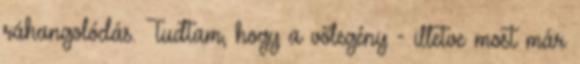
ráhangolódás. Tudtam, hogy a vőlegény - illetve most már